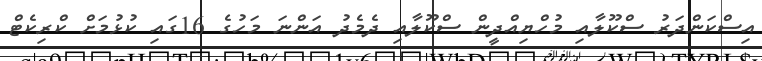
އިސްކަންދަރު ސްކޫލާއި މުހްޔިއްދީން ސްކޫލާއި ދެމެދު އަންނަ މަހުގެ 16ގައި ކުޅުމަށް ކްރިކެޓް